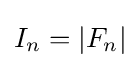
I_{n}=|F_{n}|